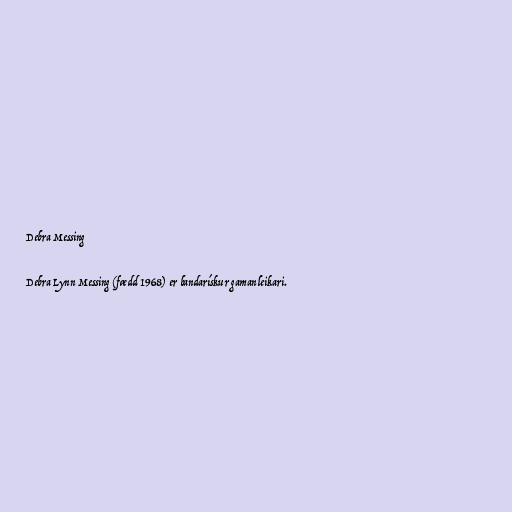
Debra Messing

Debra Lynn Messing (fædd 1968) er bandarískur gamanleikari.